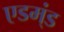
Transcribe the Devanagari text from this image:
एडम्ंड